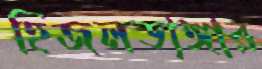
হিজলডাঙ্গার